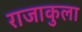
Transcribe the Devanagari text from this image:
राजाकुला